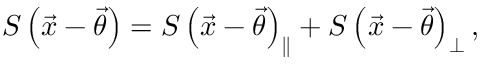
S \left( \vec { x } - \vec { \theta } \right) = S \left( \vec { x } - \vec { \theta } \right) _ { \parallel } + S \left( \vec { x } - \vec { \theta } \right) _ { \perp } ,